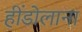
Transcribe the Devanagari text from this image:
हींडोलाना